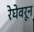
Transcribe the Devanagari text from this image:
रेघेवरून